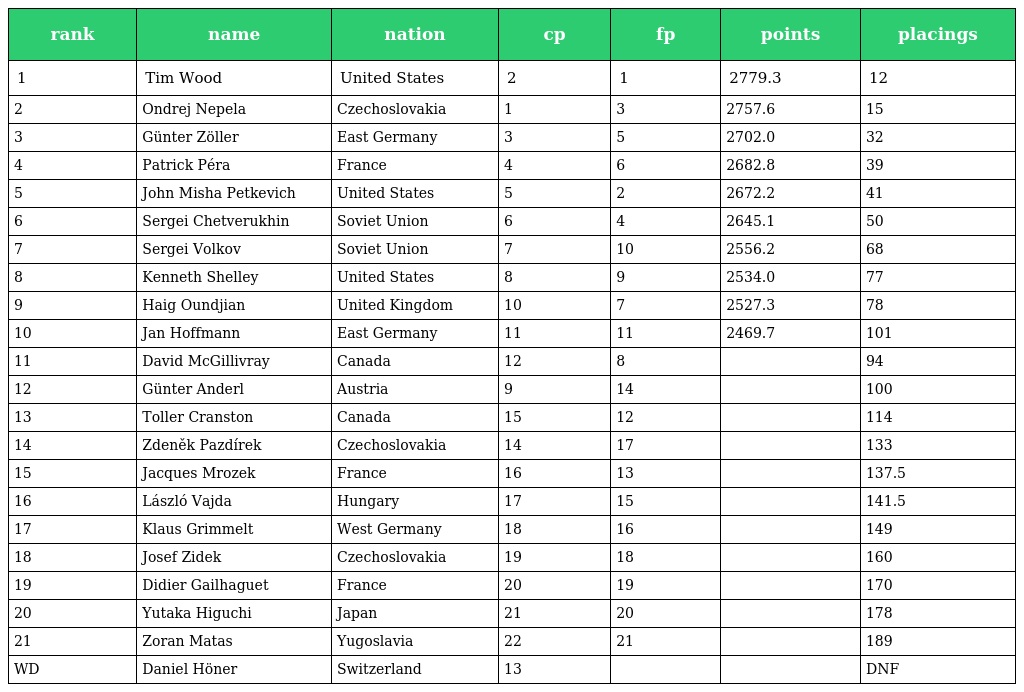
| rank | name | nation | cp | fp | points | placings |
 | --- | --- | --- | --- | --- | --- | --- |
 | 1 | Tim Wood | United States | 2 | 1 | 2779.3 | 12 |
 | 2 | Ondrej Nepela | Czechoslovakia | 1 | 3 | 2757.6 | 15 |
 | 3 | Günter Zöller | East Germany | 3 | 5 | 2702.0 | 32 |
 | 4 | Patrick Péra | France | 4 | 6 | 2682.8 | 39 |
 | 5 | John Misha Petkevich | United States | 5 | 2 | 2672.2 | 41 |
 | 6 | Sergei Chetverukhin | Soviet Union | 6 | 4 | 2645.1 | 50 |
 | 7 | Sergei Volkov | Soviet Union | 7 | 10 | 2556.2 | 68 |
 | 8 | Kenneth Shelley | United States | 8 | 9 | 2534.0 | 77 |
 | 9 | Haig Oundjian | United Kingdom | 10 | 7 | 2527.3 | 78 |
 | 10 | Jan Hoffmann | East Germany | 11 | 11 | 2469.7 | 101 |
 | 11 | David McGillivray | Canada | 12 | 8 |  | 94 |
 | 12 | Günter Anderl | Austria | 9 | 14 |  | 100 |
 | 13 | Toller Cranston | Canada | 15 | 12 |  | 114 |
 | 14 | Zdeněk Pazdírek | Czechoslovakia | 14 | 17 |  | 133 |
 | 15 | Jacques Mrozek | France | 16 | 13 |  | 137.5 |
 | 16 | László Vajda | Hungary | 17 | 15 |  | 141.5 |
 | 17 | Klaus Grimmelt | West Germany | 18 | 16 |  | 149 |
 | 18 | Josef Zidek | Czechoslovakia | 19 | 18 |  | 160 |
 | 19 | Didier Gailhaguet | France | 20 | 19 |  | 170 |
 | 20 | Yutaka Higuchi | Japan | 21 | 20 |  | 178 |
 | 21 | Zoran Matas | Yugoslavia | 22 | 21 |  | 189 |
 | WD | Daniel Höner | Switzerland | 13 |  |  | DNF |